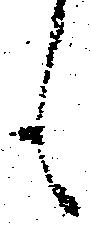
も